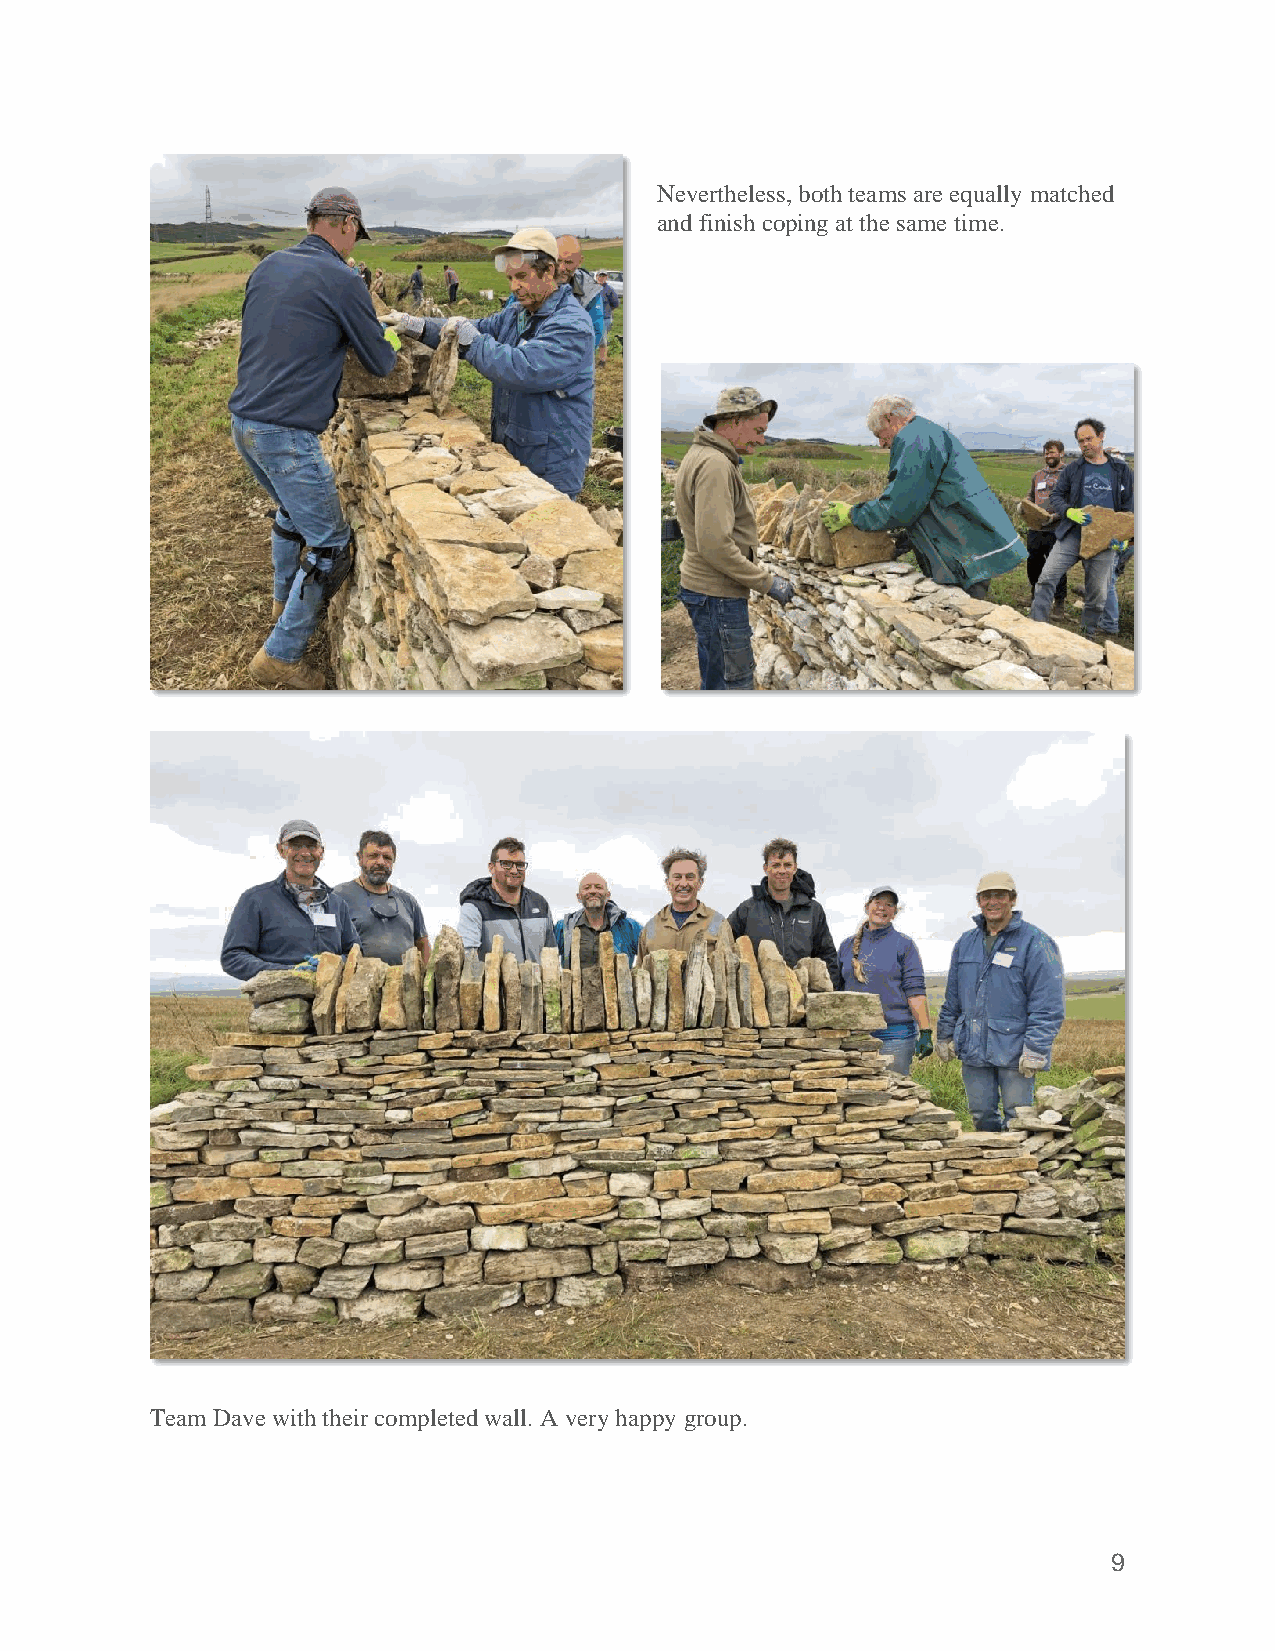
Nevertheless, both teams are equally matched
 and finish coping at the same time.
 Team Dave with their completed wall. A very happy group.
 9